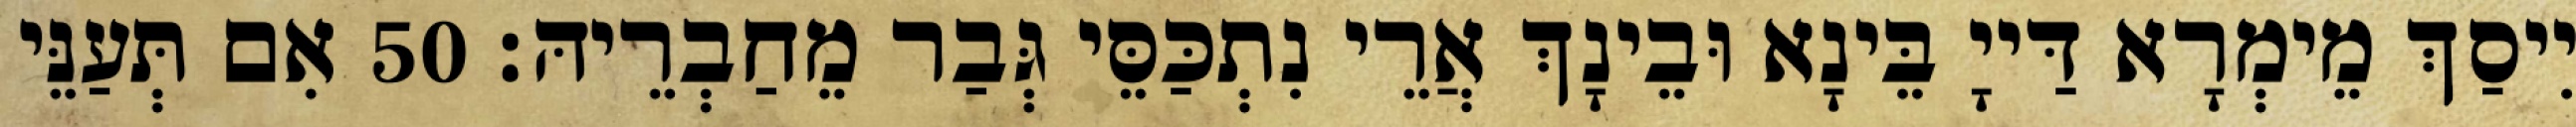
יִיסַךְ מֵימְרָא דַּייָ בֵּינָא וּבֵינָךְ אֲרֵי נִתְכַּסֵּי גְּבַר מֵחַבְרֵיהּ׃ 50 אִם תְּעַנֵּי